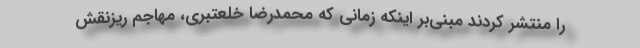
را منتشر کردند مبنی‌بر اینکه زمانی که محمدرضا خلعتبری، مهاجم ریزنقش